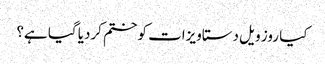
کیا روز ویل دستاویزات کو ختم کردیا گیا ہے؟